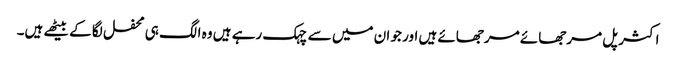
اکثر پل مرجھائے مرجھائے ہیں اور جو ان میں سے چہک رہے ہیں وہ الگ ہی محفل لگا کے بیٹھے ہیں۔